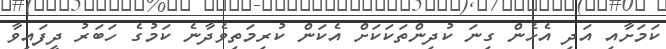
ކަމަށާއި އަދި އެހެން ގިނަ ކުދިންތަކަކަށް އެކަން ކުރިމަތިވެދާނެ ކަމުގެ ހަބަރު ދީފައިވާ